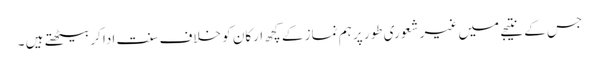
جس کے نتیجے میں غیر شعوری طور پر ہم نماز کے کچھ ارکان کو خلاف سنت ادا کربیٹھتے ہیں ۔